Plague in India, 1896, 1897 - Volume 2
Year: 1896
Disease focus: Plague
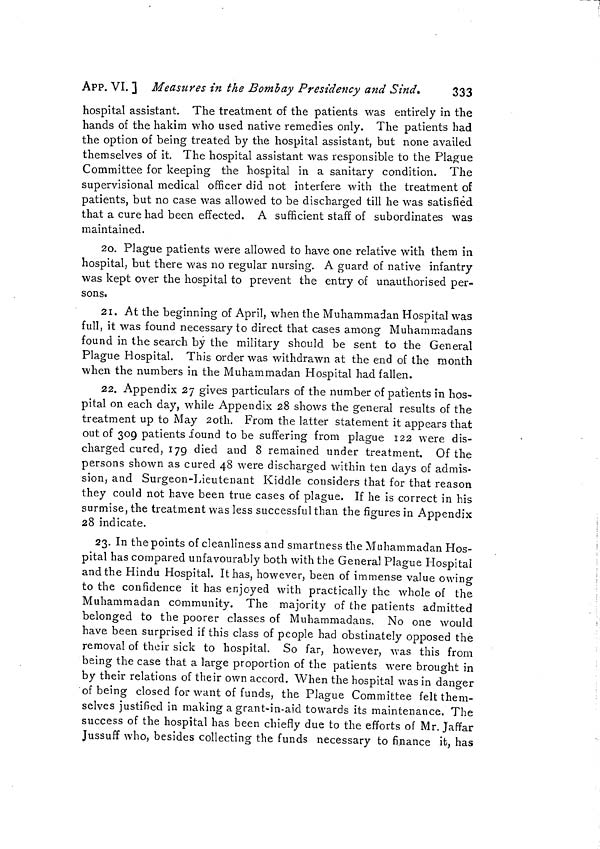
APP. VI. ] Measures in the Bombay Presidency and Sind*
333
hospital assistant. The treatment of the patients was entirely in the
hands of the hakim who used native remedies only. The patients had
the option of being treated by the hospital assistant, but none availed
themselves of it. The hospital assistant was responsible to the Plague
Committee for keeping the hospital in a sanitary condition. The
supervisional medical officer did not interfere with the treatment of
patients, but no case was allowed to be discharged till he was satisfied
that a cure had been effected. A sufficient staff of subordinates was
maintained.
20. Plague patients were allowed to have one relative with them in
hospital, but there was no regular nursing. A guard of native infantry
was kept over the hospital to prevent the entry of unauthorised per-
sons.
21. At the beginning of April, when the Muhammadan Hospital was
full, it was found necessary to direct that cases among Muhammadans
found in the search by the military should be sent to the General
Plague Hospital. This order was withdrawn at the end of the month
when the numbers in the Muhammadan Hospital had fallen.
22. Appendix 27 gives particulars of the number of patients in hos-
pital on each day, while Appendix 28 shows the general results of the
treatment up to May 20th. From the latter statement it appears that
out of 309 patients found to be suffering from plague 122 were dis-
charged cured, 179 died and 8 remained under treatment. Of the
persons shown as cured 48 were discharged within ten days of admis-
sion, and Surgeon-Lieutenant Kiddle considers that for that reason
they could not have been true cases of plague. If he is correct in his
surmise, the treatment was less successful than the figures in Appendix
28 indicate.
23. In the points of cleanliness and smartness the Muhammadan Hos-
pital has compared unfavourably both with the General Plague Hospital
and the Hindu Hospital. It has, however, been of immense value owing
to the confidence it has enjoyed with practically the whole of the
Muhammadan community. The majority of the patients admitted
belonged to the poorer classes of Muhammadans. No one would
have been surprised if this class of people had obstinately opposed the
removal of their sick to hospital. So far, however, was this from
being the case that a large proportion of the patients were brought in
by their relations of their own accord. When the hospital was in danger
of being closed for want of funds, the Plague Committee felt them-
selves justified in making a grant-in-aid towards its maintenance. The
success of the hospital has been chiefly due to the efforts of Mr. Jaffar
Jussuff who, besides collecting the funds necessary to finance it, has